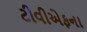
ટીવીએફના